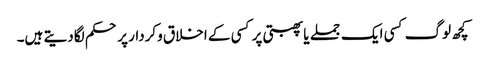
کچھ لوگ کسی ایک جملے یا پھبتی پر کسی کے اخلاق وکردار پر حکم لگادیتے ہیں۔